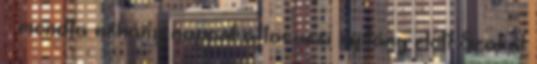
– mondta néhány nappal a tavaszi nyitány előtt Szakál